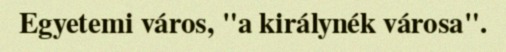
Egyetemi város, "a királynék városa".